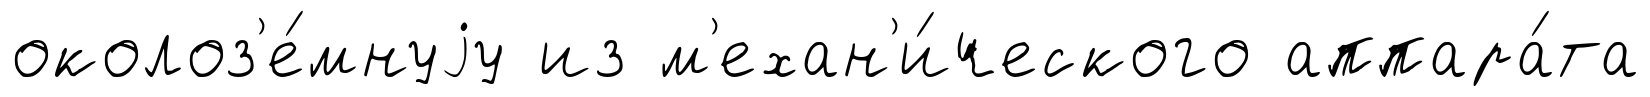
околоз'е́мнуjу из м'ехан'и́ческого аппара́та